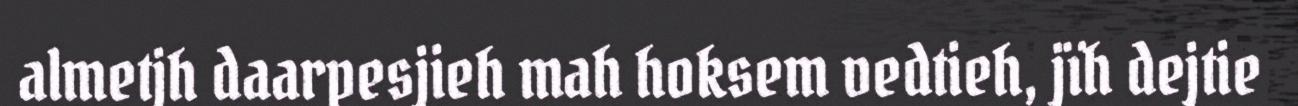
almetjh daarpesjieh mah hoksem vedtieh, jïh dejtie